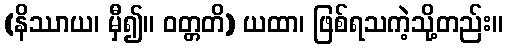
(နိဿာယ၊ မှီ၍။ ဝတ္တတိ) ယထာ၊ ဖြစ်ရသကဲ့သို့တည်း။